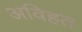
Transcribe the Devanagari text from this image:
अविहत